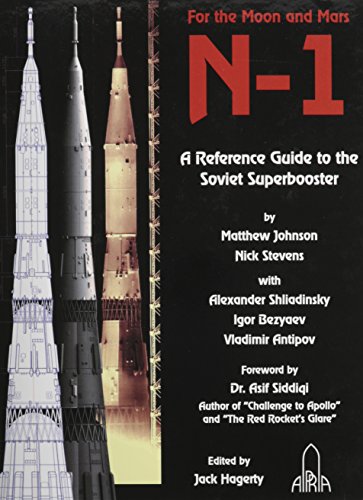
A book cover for N-1: For the Moon and Mars A Guide to the Soviet Superbooster (English and Russian Edition); Matthew Johnson; Science & Math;